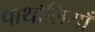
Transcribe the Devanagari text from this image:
पाथोलियाँ